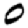
Digit: 0